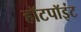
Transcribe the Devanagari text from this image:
हॉटपॉइंट